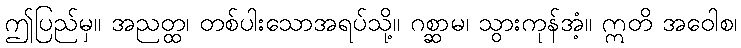
ဤပြည်မှ။ အညတ္ထ၊ တစ်ပါးသောအရပ်သို့။ ဂစ္ဆာမ၊ သွားကုန်အံ့။ ဣတိ အဝေါစ၊